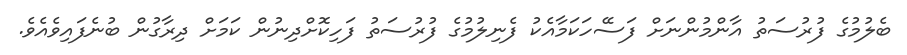
ބެލުމުގެ ފުރުސަތު އާންމުންނަށް ފަސޭހަކަމާއެކު ފެނިލުމުގެ ފުރުސަތު ފަހިކޮށްދިނުން ކަމަށް ދިރާގުން ބުނެފައިވެއެވެ.